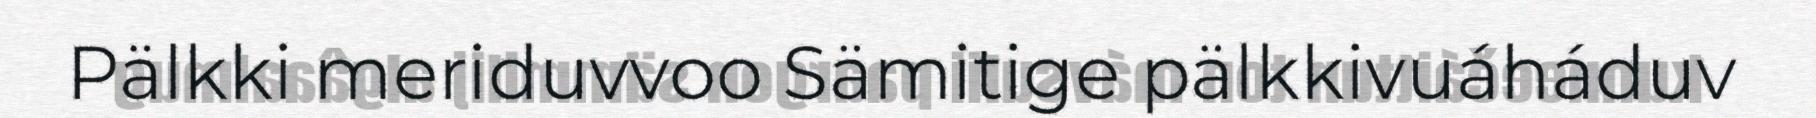
Pälkki meriduvvoo Sämitige pälkkivuáháduv